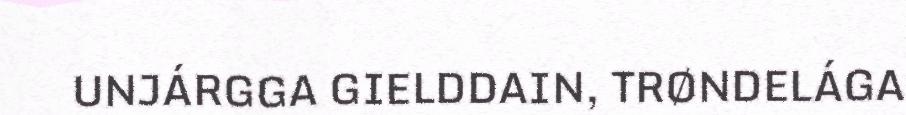
UNJÁRGGA GIELDDAIN, TRØNDELÁGA